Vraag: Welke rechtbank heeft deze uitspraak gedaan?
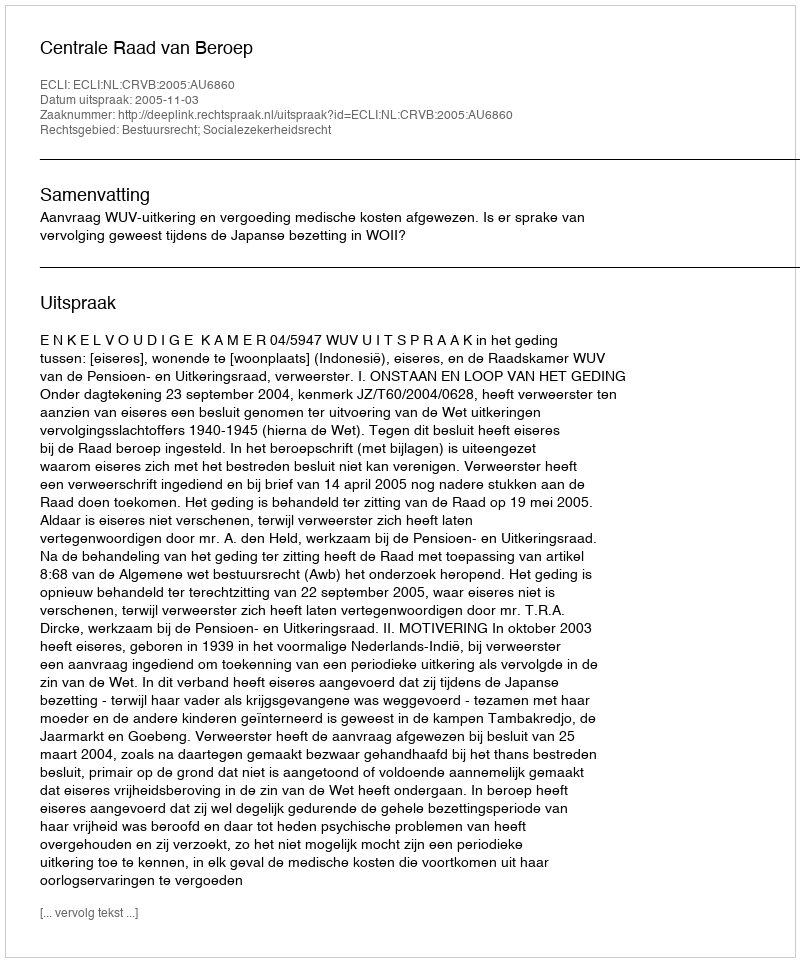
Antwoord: Centrale Raad van Beroep